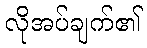
လိုအပ်ချက်၏